Report on horse surra - Volume II, Part I
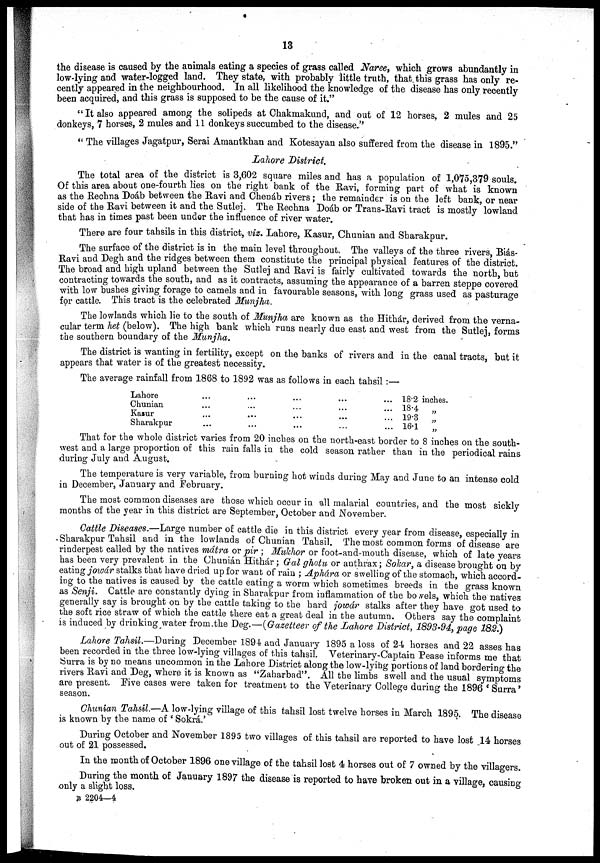
13
the disease is caused by the animals eating a species of grass called Naree, which grows abundantly in
low-lying and water-logged land. They state, with probably little truth, that this grass has only re-
cently appeared in the neighbourhood. In all likelihood the knowledge of the disease has only recently
been acquired, and this grass is supposed to be the cause of it."
" It also appeared among the solipeds at Chakmakund, and out of 12 horses, 2 mules and 25
donkeys, 7 horses, 2 mules and 11 donkeys succumbed to the disease."
" The villages Jagatpur, Serai Amantkhan and Kotesayan also suffered from the disease in 1895."
Lahore District.
The total area of the district is 3,602 square miles and has a population of 1,075,379 souls.
Of this area about one-fourth lies on the right bank of the Ravi, forming part of what is known
as the Rechna Doáb between the Ravi and Chenáb rivers ; the remainder is on the left bank or near
side of the Ravi between it and the Sutlej. The Rechna Doáb or Trans-Ravi tract is mostly lowland
that has in times past been under the influence of river water.
There are four tahsils in this district, viz. Lahore, Kasur, Chunian and Sharakpur.
The surface of the district is in the main level throughout. The valleys of the three rivers Biás
Ravi and Degh and the ridges between them constitute the principal physical features of the district.
The broad and high upland between the Sutlej and Ravi is fairly cultivated towards the north, but
contracting towards the south, and as it contracts, assuming the appearance of a barren steppe covered
with low bushes giving forage to camels and in favourable seasons, with long grass used as pasturage
for cattle. This tract is the celebrated Munjha.
The lowlands which lie to the south of Munjha are known as the Hithár, derived from the verna-
cular term het (below). The high bank which runs nearly due east and west from the Sutlej, forms
the southern boundary of the Munjha.
The district is wanting in fertility, except on the banks of rivers and in the canal tracts, but it
appears that water is of the greatest necessity.
The average rainfall from 1868 to 1892 was as follows in each tahsil :—
Lahore
Chunian
Kasur
Sharakpur
...
...
...
...
...
...
...
...
...
...
...
...
...
...
...
...
...
...
...
...
18.2
18.4
19.3
16.1
inches.
„
„
„
That for the whole district varies from 20 inches on the north-east border to 8 inches on the south-
west and a large proportion of this rain falls in the cold season rather than in the periodical rains
during July and August.
The temperature is very variable, from burning hot winds during May and June to an intense cold
in December, January and February.
The most common diseases are those which occur in all malarial countries, and the most sickly
months of the year in this district are September, October and November.
Cattle Diseases.—Large number of cattle die in this district every year from disease, especially in
Sharakpur Tahsil and in the lowlands of Chunian Tahsil. The most common forms of disease are
rinderpest called by the natives mátra or pir ; Mukhor or foot-and-mouth disease, which of late years
has been very prevalent in the Chunián Hithár ; Gal ghotu or anthrax; Sokar, a disease brought on by
eating jowár stalks that have dried up for want of rain ; Aphára or swelling of the stomach, which accord-
ing to the natives is caused by the cattle eating a worm which sometimes breeds in the grass known
as Senji. Cattle are constantly dying in Sharakpur from inflammation of the bowels, which the natives
generally say is brought on by the cattle taking to the hard jowár stalks after they have got used to
the soft rice straw of which the cattle there eat a great deal in the autumn. Others say the complaint
is induced by drinking water from the Deg.—(Gazetteer of the Lahore District, 1893-94, page 182.)
Lahore Tahsil.—During December 1894 and January 1895 a loss of 24 horses and 22 asses has
been recorded in the three low-lying villages of this tahsil. Veterinary-Captain Pease informs me that
Surra is by no means uncommon in the Lahore District along the low-lying portions of land bordering the
rivers Ravi and Deg, where it is known as "Zaharbad". All the limbs swell and the usual symptoms
are present. Five cases were taken for treatment to the Veterinary College during the 1896 ' Surra'
season.
Chunian Tahsil.— A low- lying village of this tahsil lost twelve ho
is known by the name of 'Sokrá.'
During October and November 1895 two villages of this tahsil are reported to have lost 14 horses out of 21 possessed.
In the month of October 1896 one village of the tahsil lost 4 horses out of 7 owned by the villagers.
During the month of January 1897 the disease is reported to have broken out in a village,causing only a slight lo
B 2204 —4